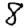
Digit: 8